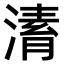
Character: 𣼌